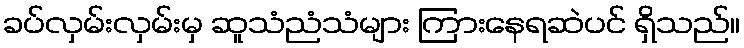
ခပ်လှမ်းလှမ်းမှ ဆူသံညံသံများ ကြားနေရဆဲပင် ရှိသည်။